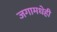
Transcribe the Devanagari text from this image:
जगामधेही